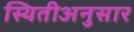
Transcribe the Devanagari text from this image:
स्थितीअनुसार